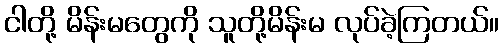
ငါတို့ မိန်းမတွေကို သူတို့မိန်းမ လုပ်ခဲ့ကြတယ်။